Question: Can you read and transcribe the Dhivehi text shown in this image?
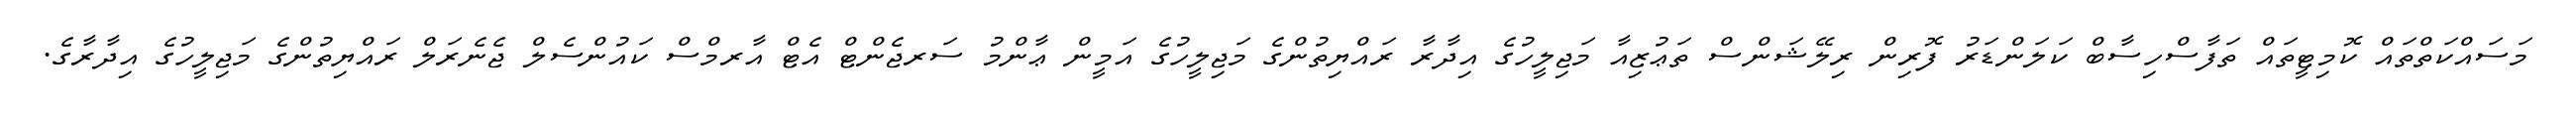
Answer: މަސައްކަތްތައް ކޮމިޓީތައް ތަފާސްހިސާބް ކަލަންޑަރު ފޮރިން ރިލޭޝަންސް ތަޢުޒިއާ މަޖިލީހުގެ އިދާރާ ރައްޔިތުންގެ މަޖިލީހުގެ އަމީން ޢާންމު ސަރޖެންޓް އެޓް އާރމްސް ކައުންސެލް ޖެނެރަލް ރައްޔިތުންގެ މަޖިލީހުގެ އިދާރާގެ.